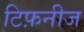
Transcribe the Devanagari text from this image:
टिफ़नीज